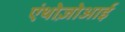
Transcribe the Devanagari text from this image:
एंथोज़ोआई